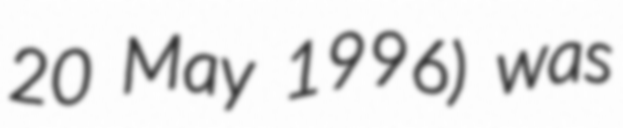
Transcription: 20 May 1996) was